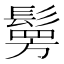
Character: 𩮒